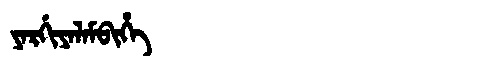
Manchu: ᠶᠠᡵᡤᡳᠶᠠᠯᠠᠮᠪᡳᡥᡝ
Romanization: YARGIYALAMBIHE